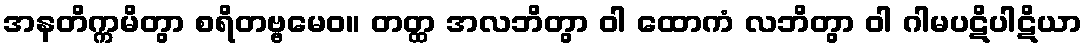
အနတိက္ကမိတွာ စရိတဗ္ဗမေဝ။ တတ္ထ အလဘိတွာ ဝါ ထောကံ လဘိတွာ ဝါ ဂါမပဋိပါဋိယာ